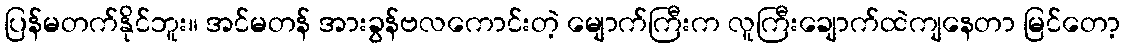
ပြန်မတက်နိုင်ဘူး။ အင်မတန် အားခွန်ဗလကောင်းတဲ့ မျောက်ကြီးက လူကြီးချောက်ထဲကျနေတာ မြင်တော့